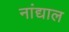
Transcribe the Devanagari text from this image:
नांद्याल